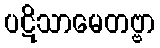
ပဋိသာမေတဗ္ဗာ